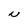
Character: N